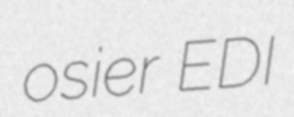
osier EDI